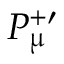
P _ { \upmu } ^ { + \prime }